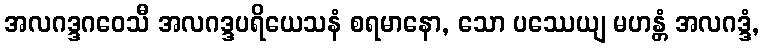
အလဂဒ္ဒဂဝေသီ အလဂဒ္ဒပရိယေသနံ စရမာနော, သော ပဿေယျ မဟန္တံ အလဂဒ္ဒံ,